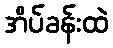
အိပ်ခန်းထဲ